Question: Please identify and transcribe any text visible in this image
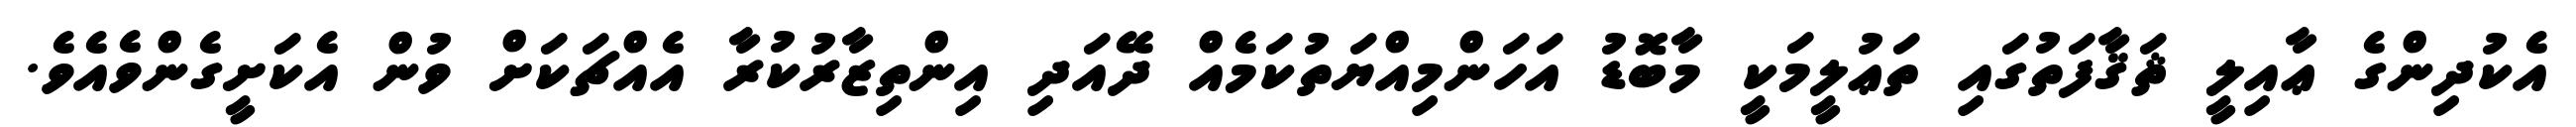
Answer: އެކުދިންގެ ޢާއިލީ ޘަޤާފަތުގައި ތަޢުލީމަކީ މާބޮޑު އަހަންމިއްޔަތުކަމެއް ދޭއަދި އިންތިޒާރުކުރާ އެއްޗަކަށް ވުން އެކަށީގެންވެއެވެ.